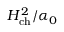
H _ { \mathrm { { c h } } } ^ { 2 } / \alpha _ { 0 }